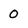
Character: 0